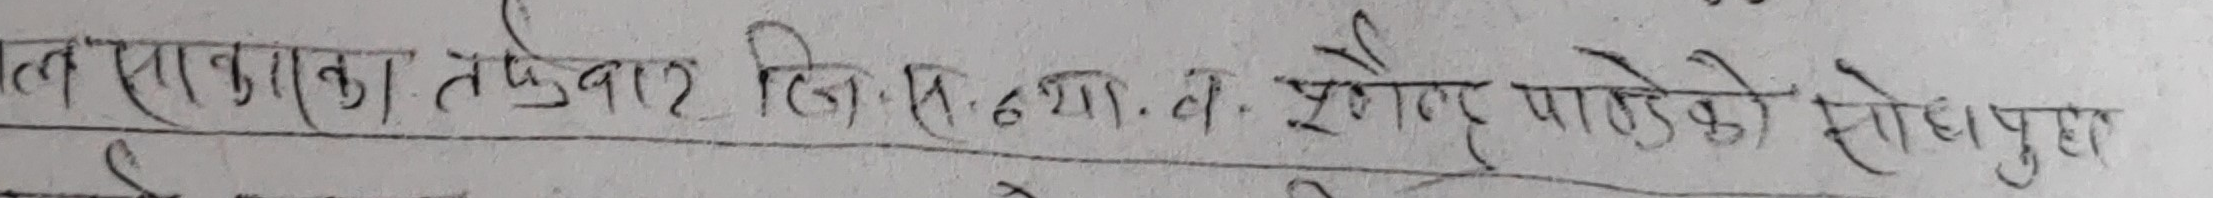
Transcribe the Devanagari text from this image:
लगाएका तेलेबार जि.स.गा.वि.स. पुगेर पाहेको सोधपुछ